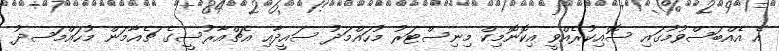
އެ އެއްބަސްވުމުގައި ސޮއިކުރެއްވީ އިކޮނޮމިކް މިނިސްޓަރު މުހައްމަދު ސައީދާއި އެޗްއާރުސީގެ ޗެއާމަން މުހައްމަސދު